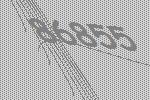
86855